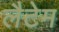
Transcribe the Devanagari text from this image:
लैटेम